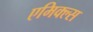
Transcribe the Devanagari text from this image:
एमिक्ल्स